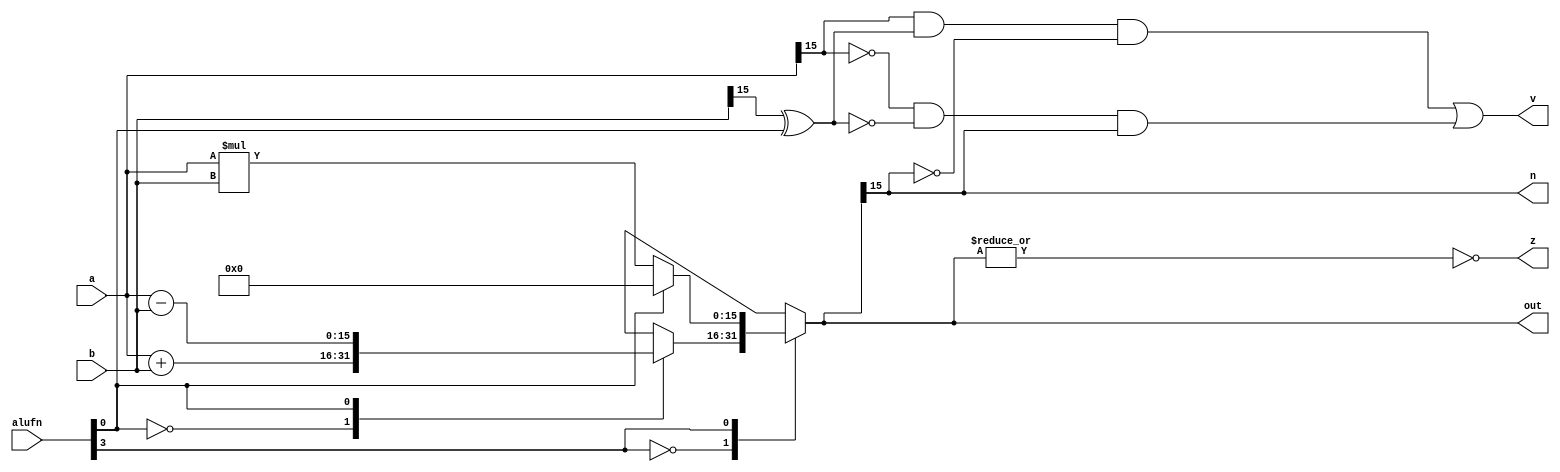
module adder_16_11 (
    input [15:0] a,
    input [15:0] b,
    input [5:0] alufn,
    output reg [15:0] out,
    output reg [0:0] z,
    output reg [0:0] v,
    output reg [0:0] n
  );
  
  
  
  reg [15:0] s;
  
  reg [0:0] alufn0;
  
  always @* begin
    s = 16'h0000;
    alufn0 = alufn[0+0-:1];
    
    case (alufn[3+0-:1])
      1'h0: begin
        
        case (alufn[0+0-:1])
          1'h0: begin
            s = a + b;
          end
          1'h1: begin
            s = a - b;
          end
          default: begin
            s = 16'h0000;
          end
        endcase
      end
      1'h1: begin
        
        case (alufn[0+0-:1])
          1'h0: begin
            s = a * b;
          end
          default: begin
            s = 16'h0000;
          end
        endcase
      end
      default: begin
        s = 16'h0000;
      end
    endcase
    z = ~(|s);
    v = (a[15+0-:1] & (b[15+0-:1] ^ alufn0) & ~s[15+0-:1]) | (~a[15+0-:1] & ~(b[15+0-:1] ^ alufn0) & s[15+0-:1]);
    n = s[15+0-:1];
    out = s;
  end
endmodule